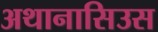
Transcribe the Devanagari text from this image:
अथानासिउस